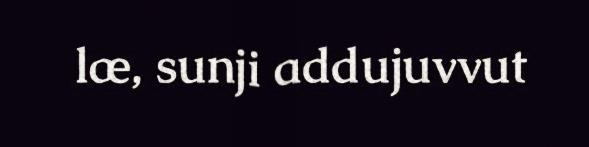
læ, sunji addujuvvut